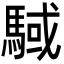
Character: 䮙